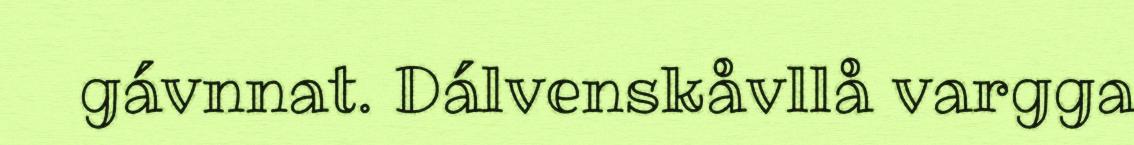
gávnnat. Dálvenskåvllå vargga